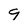
Character: 9